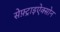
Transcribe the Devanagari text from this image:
सेफ़्ट्राइऐक्सोन